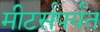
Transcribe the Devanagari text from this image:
मीटर्सपर्यंत